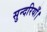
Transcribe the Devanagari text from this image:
सुन्दरियाँ।